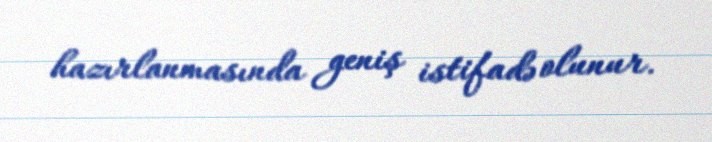
hazırlanmasında geniş istifadə olunur.